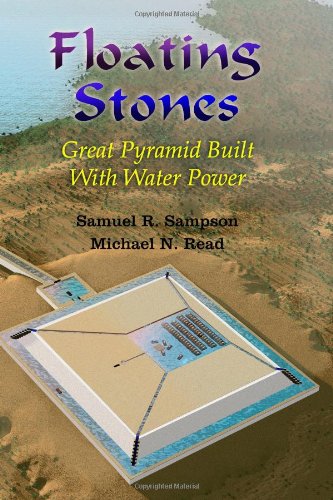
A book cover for Floating Stones: Great Pyramid built with Water Power; Samuel R. Sampson; History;